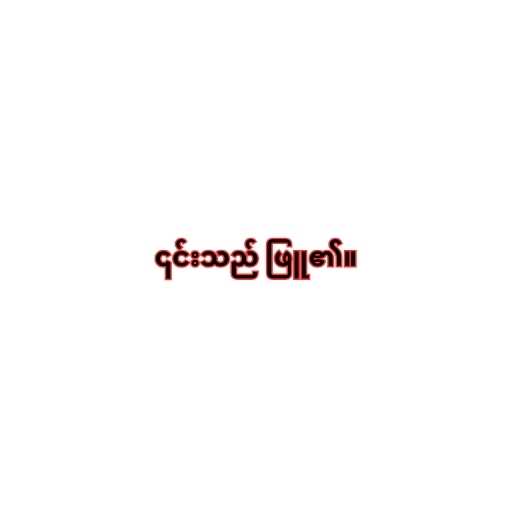
၎င်းသည် ဖြူ၏။